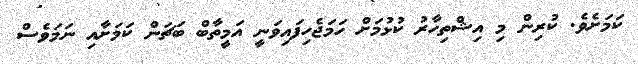
ކަމަށެވެ. ކުރިން މި އިޝްތިހާރު ކުޅުމަށް ހަމަޖެހިފައިވަނީ އަމީތާބް ބަޗަން ކަމަށާއި ނަމަވެސް